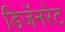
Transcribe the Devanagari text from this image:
डिजॅनरेट